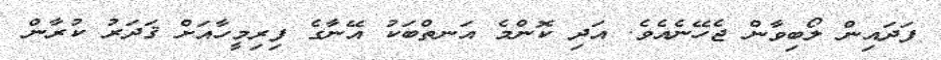
ފަދައިން ލޯބިވާން ޖެހޭނެއެވެ. އަދި ކޮންމެ އަނތްބަކު އޭނާގެ ފިރިމީހާއަށް ޤަދަރު ކުރާން